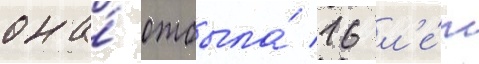
она́ отбыла́ 16 л'е́т